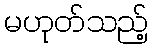
မဟုတ်သည့်